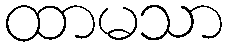
ထာမသာ